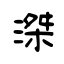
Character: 滐